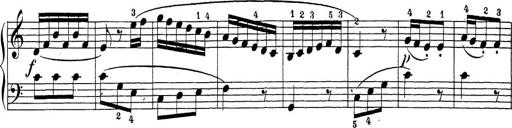
Title: Sonatina Album
Composer: Louis KÃ¶hler